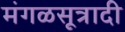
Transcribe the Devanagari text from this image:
मंगळसूत्रादी